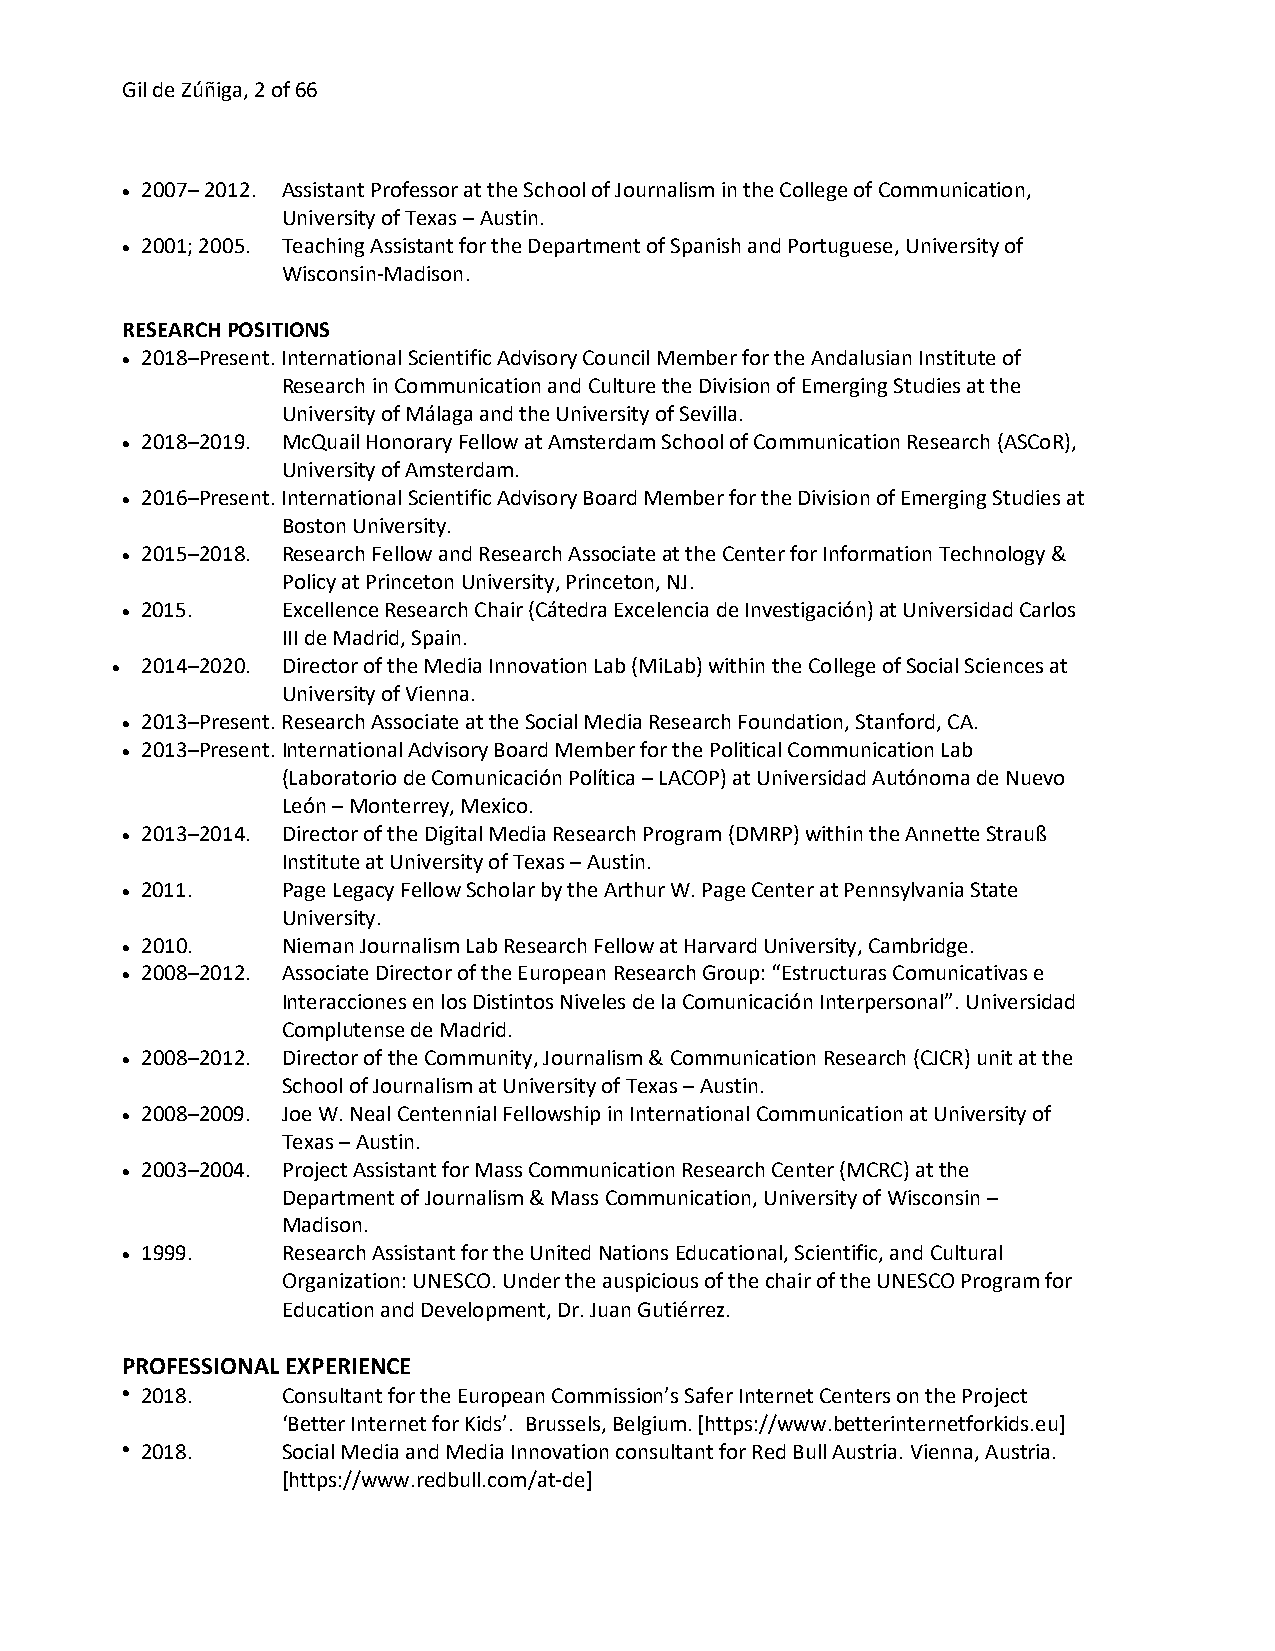
Gil de Zúñiga, 2 of 66
 • 2007– 2012. Assistant Professor at the School of Journalism in the College of Communication,
 University of Texas – Austin.
 • 2001; 2005. Teaching Assistant for the Department of Spanish and Portuguese, University of
 Wisconsin-Madison.
 RESEARCH POSITIONS
 • 2018–Present. International Scientific Advisory Council Member for the Andalusian Institute of
 Research in Communication and Culture the Division of Emerging Studies at the
 University of Málaga and the University of Sevilla.
 • 2018–2019. McQuail Honorary Fellow at Amsterdam School of Communication Research (ASCoR),
 University of Amsterdam.
 • 2016–Present. International Scientific Advisory Board Member for the Division of Emerging Studies at
 Boston University.
 • 2015–2018. Research Fellow and Research Associate at the Center for Information Technology &
 Policy at Princeton University, Princeton, NJ.
 • 2015.    Excellence Research Chair (Cátedra Excelencia de Investigación) at Universidad Carlos
 III de Madrid, Spain.
 • 2014–2020. Director of the Media Innovation Lab (MiLab) within the College of Social Sciences at
 University of Vienna.
 • 2013–Present. Research Associate at the Social Media Research Foundation, Stanford, CA.
 • 2013–Present. International Advisory Board Member for the Political Communication Lab
 (Laboratorio de Comunicación Política – LACOP) at Universidad Autónoma de Nuevo
 León – Monterrey, Mexico.
 • 2013–2014. Director of the Digital Media Research Program (DMRP) within the Annette Strauß
 Institute at University of Texas – Austin.
 • 2011.    Page Legacy Fellow Scholar by the Arthur W. Page Center at Pennsylvania State
 University.
 • 2010.    Nieman Journalism Lab Research Fellow at Harvard University, Cambridge.
 • 2008–2012. Associate Director of the European Research Group: “Estructuras Comunicativas e
 Interacciones en los Distintos Niveles de la Comunicación Interpersonal”. Universidad
 Complutense de Madrid.
 • 2008–2012. Director of the Community, Journalism & Communication Research (CJCR) unit at the
 School of Journalism at University of Texas – Austin.
 • 2008–2009. Joe W. Neal Centennial Fellowship in International Communication at University of
 Texas – Austin.
 • 2003–2004. Project Assistant for Mass Communication Research Center (MCRC) at the
 Department of Journalism & Mass Communication, University of Wisconsin –
 Madison.
 • 1999.    Research Assistant for the United Nations Educational, Scientific, and Cultural
 Organization: UNESCO. Under the auspicious of the chair of the UNESCO Program for
 Education and Development, Dr. Juan Gutiérrez.
 PROFESSIONAL EXPERIENCE
 • 2018.    Consultant for the European Commission’s Safer Internet Centers on the Project
 ‘Better Internet for Kids’. Brussels, Belgium. [https://www.betterinternetforkids.eu]
 • 2018.    Social Media and Media Innovation consultant for Red Bull Austria. Vienna, Austria.
 [https://www.redbull.com/at-de]